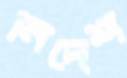
নিদেশ